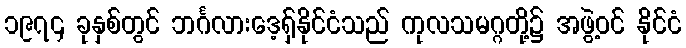
၁၉၇၄ ခုနှစ်တွင် ဘင်္ဂလားဒေ့ရှ်နိုင်ငံသည် ကုလသမဂ္ဂတို့၌ အဖွဲ့ဝင် နိုင်ငံ